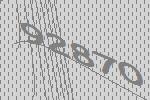
92870